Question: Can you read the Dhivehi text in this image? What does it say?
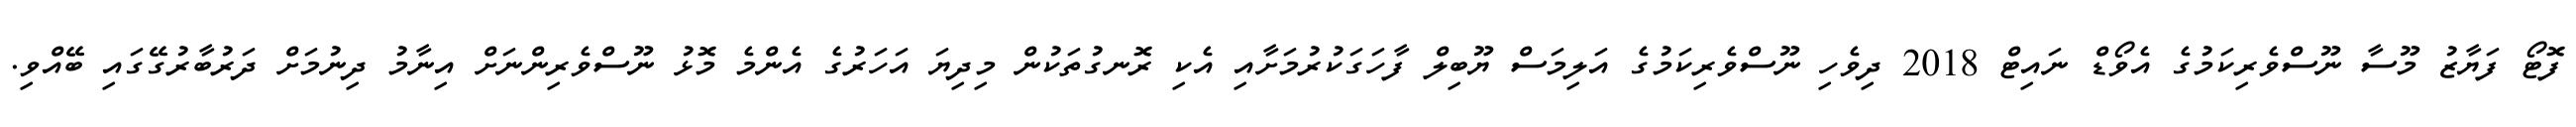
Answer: ފޮޓޯ ފަޔާޒު މޫސާ ނޫސްވެރިކަމުގެ އެވޯޑް ނައިޓް 2018 ދިވެހި ނޫސްވެރިކަމުގެ އަލިމަސް ޔޫބިލް ފާހަގަކުރުމަށާއި އެކި ރޮނގުތަކުން މިދިޔަ އަހަރުގެ އެންމެ މޮޅު ނޫސްވެރިންނަށް އިނާމު ދިނުމަށް ދަރުބާރުގޭގައި ބޭއްވި.